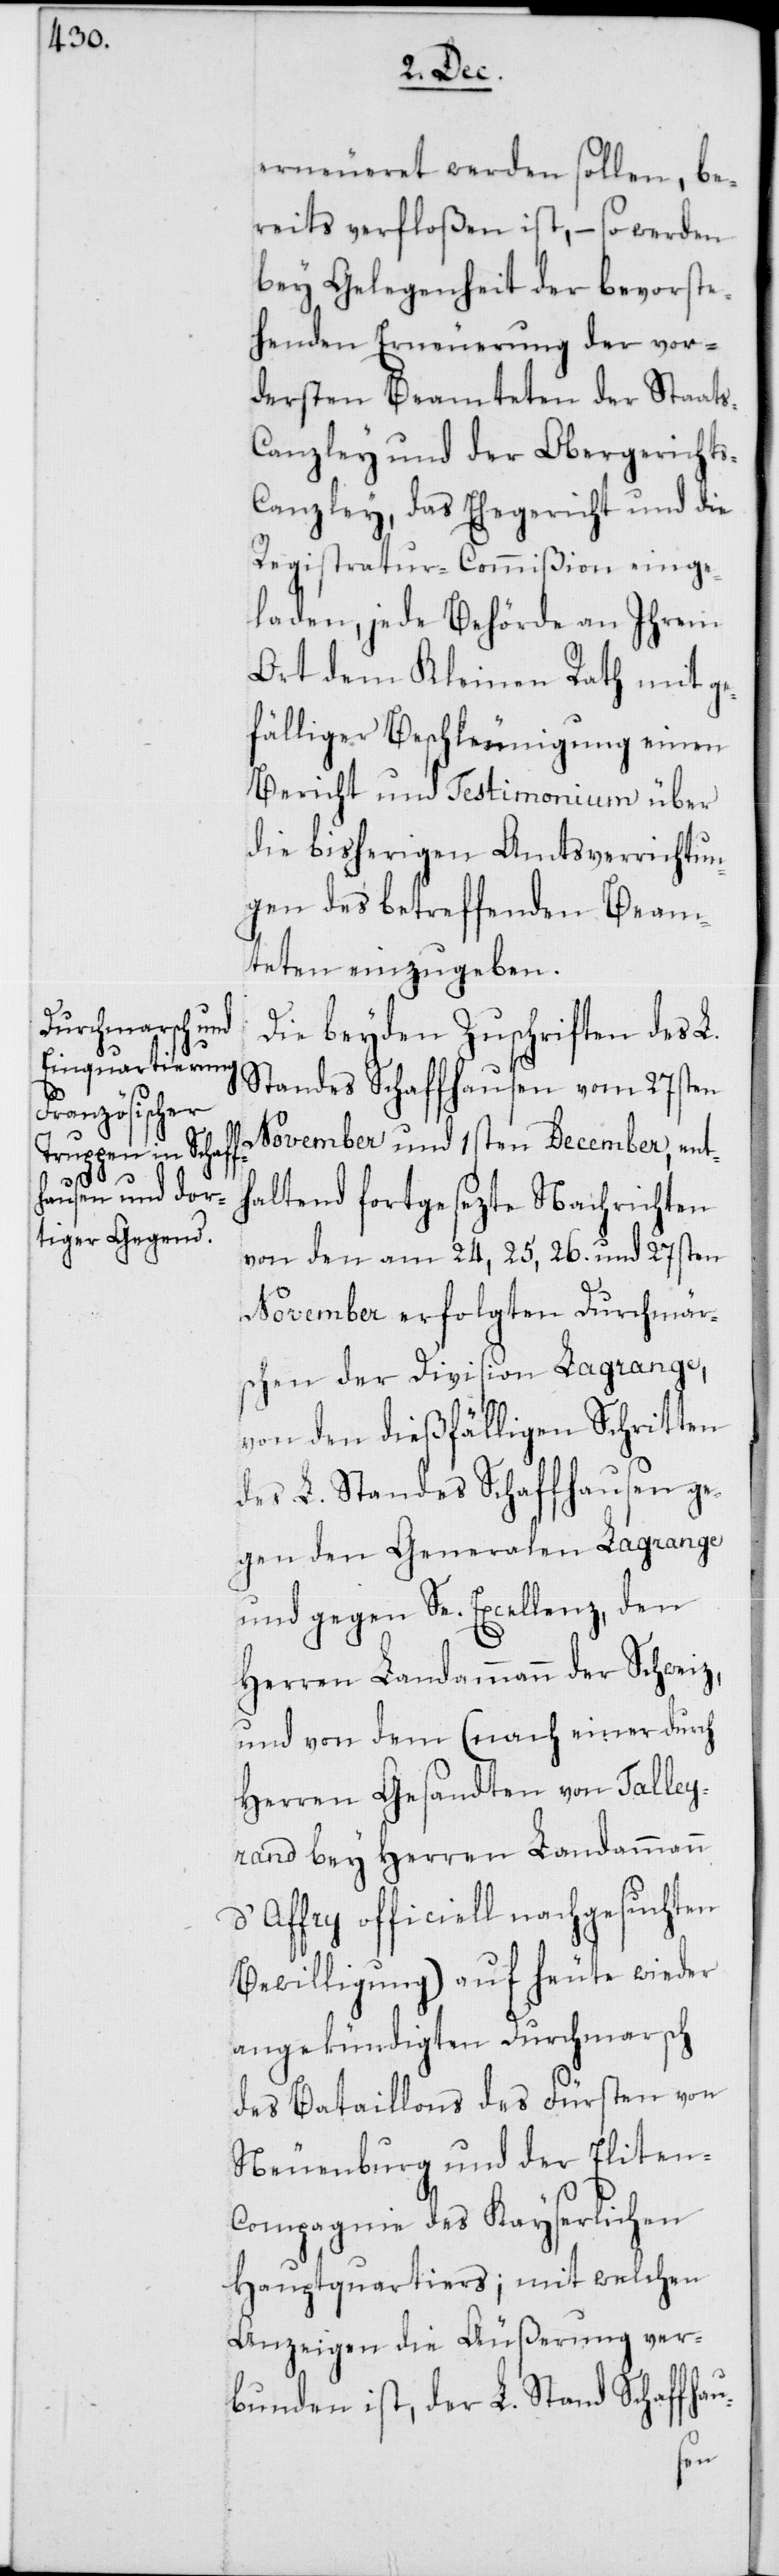
erneueret werden sollen, be¬
reits verfloßen ist, – so werden
bey Gelegenheit der bevorste¬
henden Erneuerung der vor¬
dersten Beamteten der Staat¬
anzley und der Obergericht¬
anzley, das Ehegericht und die
Registratur-Commißion einge¬
laden, jede Behörde an Ihrem
Ort dem Kleinen Rath mit ge¬
fälliger Beschleunigung einen
Bericht und Testimonium über
die bisherigen Amtsverrichtun¬
gen des betreffenden Beam¬
teten einzugeben.
Die beyden Zuschriften des L.
Standes Schaffhausen vom 27sten
November und 1sten December, ent¬
haltend fortgesezte Nachrichten
von den am 24, 25, 26. und 27sten
November erfolgten Durchmär¬
schen der Division Lagrange,
von den dießfälligen Schritten
des L. Standes Schaffhausen ge¬
gen den Generalen Lagrange
und gegen Se. Excellenz, den
Herren Landammann der Schweiz,
und von dem (nach einer durch
Herren Gesandten von Talley¬
rand bey Herren Landammann
d’Affry officiell nachgesuchten
Bewilligung) auf heute wieder
angekündigten Durchmarsch
des Bataillons des Fürsten von
Neuenburg und der Eliten-C¬
ompagnie des Kayserlichen
Hauptquartiers; mit welchen
Anzeigen die Äußerung ver¬
bunden ist, der L. Stand Schaffhau-
s-C¬